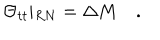
LaTeX: \Theta _ { t t } \vert _ { R N } = \Delta M \quad .